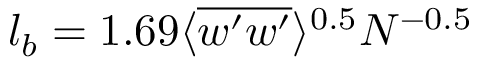
l _ { b } = 1 . 6 9 \langle \overline { { w ^ { \prime } w ^ { \prime } } } \rangle ^ { 0 . 5 } N ^ { - 0 . 5 }